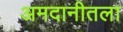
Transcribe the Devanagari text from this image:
अमदानीतला